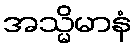
အသ္မိမာနံ